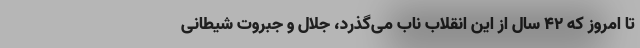
تا امروز که 42 سال از این انقلاب ناب می‌گذرد، جلال و جبروت شیطانی